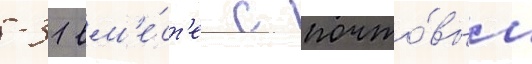
-31 вм'е́ст'е с почто́вым